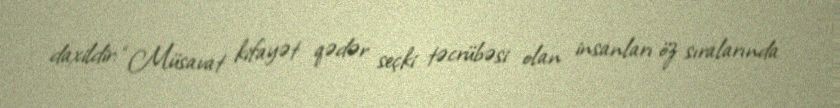
daxildir: “Müsavat kifayət qədər seçki təcrübəsi olan insanları öz sıralarında